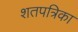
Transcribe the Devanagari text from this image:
शतपत्रिका